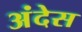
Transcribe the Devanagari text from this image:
अंदेस